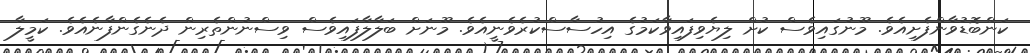
ކަންބޮޑުވާންފެށިއެވެ. މޫނުގައިވެސް ކުށް ލިޔެވިފައިވާކަމުގެ އިހުސާސްކުރެވެނީއެވެ. މޫނަށް ބަލާލާފައިވެސް ވިސްނުންތެރިން ދެނެގެންފާނެއެވެ. ކަމީލާ